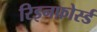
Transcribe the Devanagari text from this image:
रिइनफ़ोर्स्ड